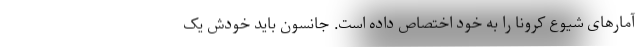
آمارهای شیوع کرونا را به خود اختصاص داده است. جانسون باید خودش یک